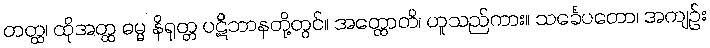
တတ္ထ၊ ထိုအတ္ထ ဓမ္မ နိရုတ္တ ပဋိဘာနတို့တွင်။ အတ္ထောတိ၊ ဟူသည်ကား။ သင်္ခေပတော၊ အကျဉ်း